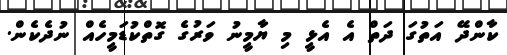
ކާންދޭ އަތުގަ ދަތް އެ އެޅީ މި ޔާމީނު ވަރުގެ ގޮތްކުޑަމީހެއް ނުދެކެން.